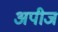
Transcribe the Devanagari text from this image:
अपीज